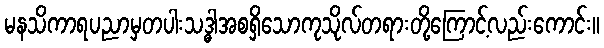
မနသိကာရပညာမှတပါးသဒ္ဓါအစရှိသောကုသိုလ်တရားတို့ကြောင့်လည်းကောင်း။